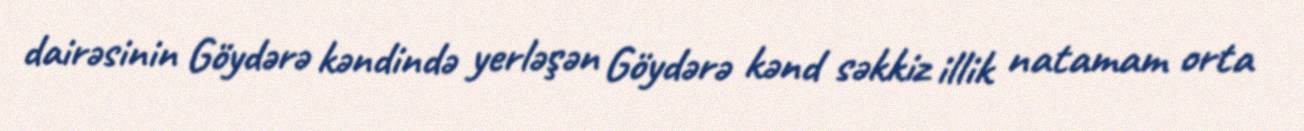
dairəsinin Göydərə kəndində yerləşən Göydərə kənd səkkiz illik natamam orta